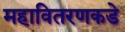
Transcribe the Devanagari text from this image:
महावितरणकडे